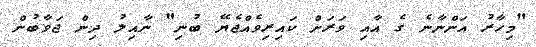
"މިހާރު އަންނާނެ ގެ އާއި ވަރަށް ކައިރިވެއްޖެޔޭ ބުނި" ނާއިލު ދިން ޖަވާބުން